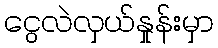
ငွေလဲလှယ်နှုန်းမှာ